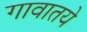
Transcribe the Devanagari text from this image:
गावातये